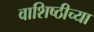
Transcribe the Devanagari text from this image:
वाशिष्ठीच्या